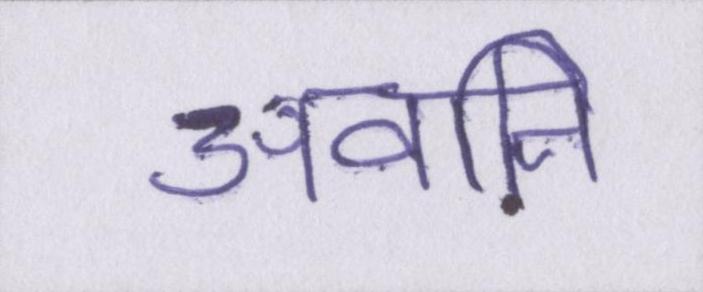
अवनि